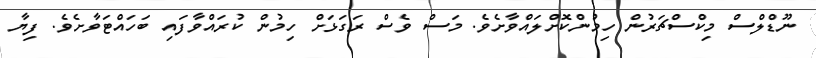
ނޫޑްލްސް މިކްސްޗަރުން ހިމުންކޮށްލައްވާށެވެ. މަސް ވެސް ރަގަޅަށް ހިމުން ކުރައްވާފައި ބަހައްޓަވާށެވެ. ފިޔާ